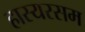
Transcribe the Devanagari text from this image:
हास्यरसम